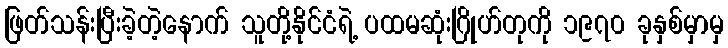
ဖြတ်သန်းပြီးခဲ့တဲ့နောက် သူတို့နိုင်ငံရဲ့ ပထမဆုံးဂြိုဟ်တုကို ၁၉၇၀ ခုနှစ်မှာမှ